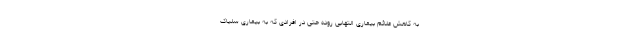
به کاهش علائم بیماری التهابی روده حتی در افرادی که به بیماری سلیاک